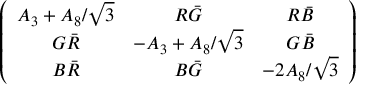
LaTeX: \left( \begin{array} { c c c } { { A _ { 3 } + A _ { 8 } / \sqrt { 3 } } } & { { R \bar { G } } } & { { R \bar { B } } } \\ { { G \bar { R } } } & { { - A _ { 3 } + A _ { 8 } / \sqrt { 3 } } } & { { G \bar { B } } } \\ { { B \bar { R } } } & { { B \bar { G } } } & { { - 2 A _ { 8 } / \sqrt { 3 } } } \end{array} \right)